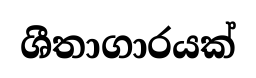
ශීතාගාරයක්